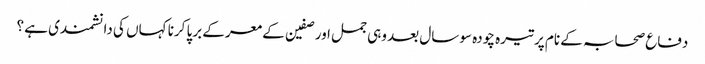
دفاع صحابہ کے نام پر تیرہ چودہ سو سال بعد وہی جمل اور صفین کے معرکے برپا کرنا کہاں کی دانشمندی ہے ؟